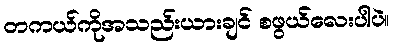
တကယ်ကိုအသည်းယားချင် စဖွယ်လေးပါပဲ။